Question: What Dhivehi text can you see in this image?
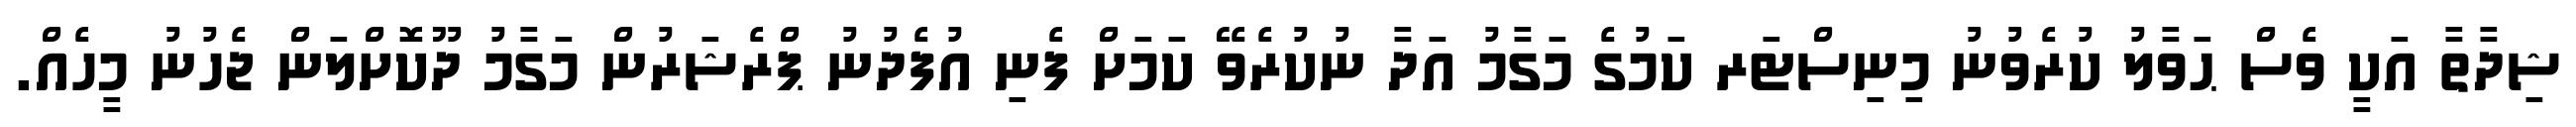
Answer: ޝިދާތާ އަކީ ވެސް ޙަވާލު ކުރެވުނު މިނިސްޓަރ ކަމުގެ މަގާމު އަދާ ނުކުރެވޭ ކަމަށް ފެނި އުފެދުނު ޕްރެޝަރުން މަގާމު ދޫކޮށްލަން ޖެހުނު މީހެއް.